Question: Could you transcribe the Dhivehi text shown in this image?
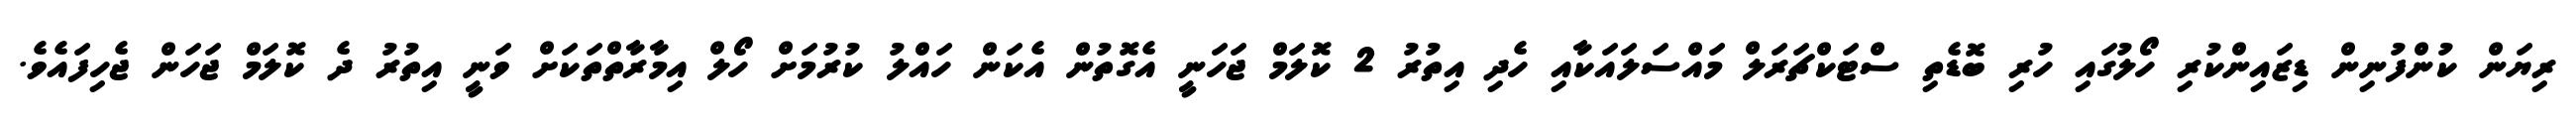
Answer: ރިޔަން ކުންފުނިން ޑިޒައިންކުރި ހޯލުގައި ހުރި ބޮޑެތި ސްޓަކްޗަރަލް މައްސަލައަކާއި ހެދި އިތުރު 2 ކޮލަމް ޖަހަނީ އެގޮތުން އެކަން ހައްލު ކުރުމަށް ހޯލް އިމާރާތްތަކަށް ވަނީ އިތުރު ދެ ކޮލަމް ޖަހަން ޖެހިފައެވެ.